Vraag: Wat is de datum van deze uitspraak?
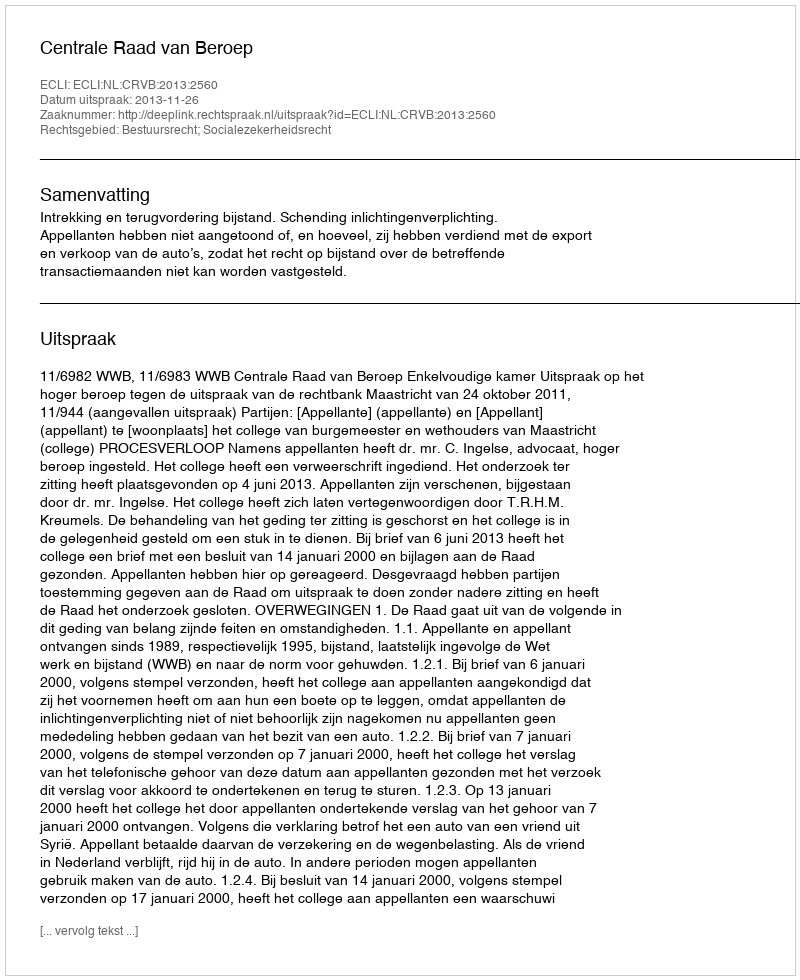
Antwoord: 2013-11-26